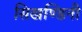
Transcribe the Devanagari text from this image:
सिखण्डिनी